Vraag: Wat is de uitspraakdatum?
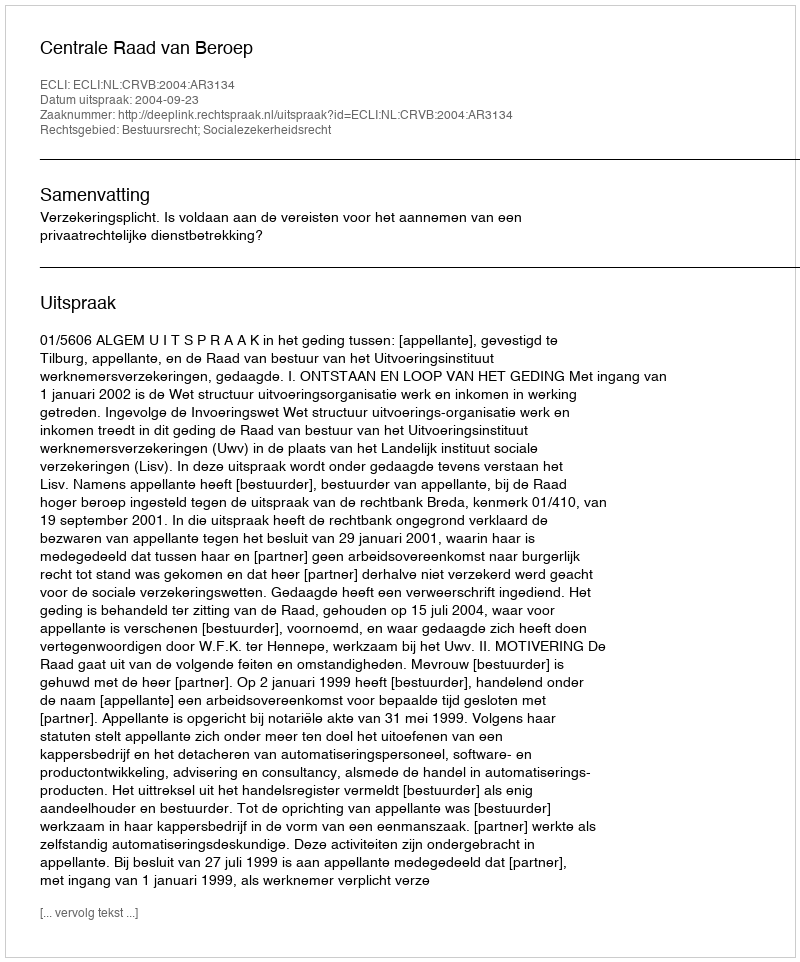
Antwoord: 2004-09-23